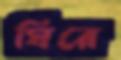
ঘিরে